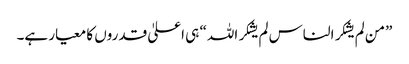
”من لم یشکر الناس لم یشکر اللہ“ ہی اعلیٰ قدروں کا معیار ہے۔